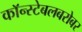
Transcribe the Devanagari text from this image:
कॉन्स्टेबलबरोबर